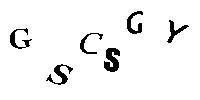
GSCSGY